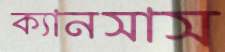
ক্যানসাস